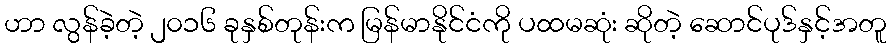
ဟာ လွန်ခဲ့တဲ့ ၂၀၁၆ ခုနှစ်တုန်းက မြန်မာနိုင်ငံကို ပထမဆုံး ဆိုတဲ့ ဆောင်ပုဒ်နှင့်အတူ